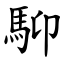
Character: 䭹